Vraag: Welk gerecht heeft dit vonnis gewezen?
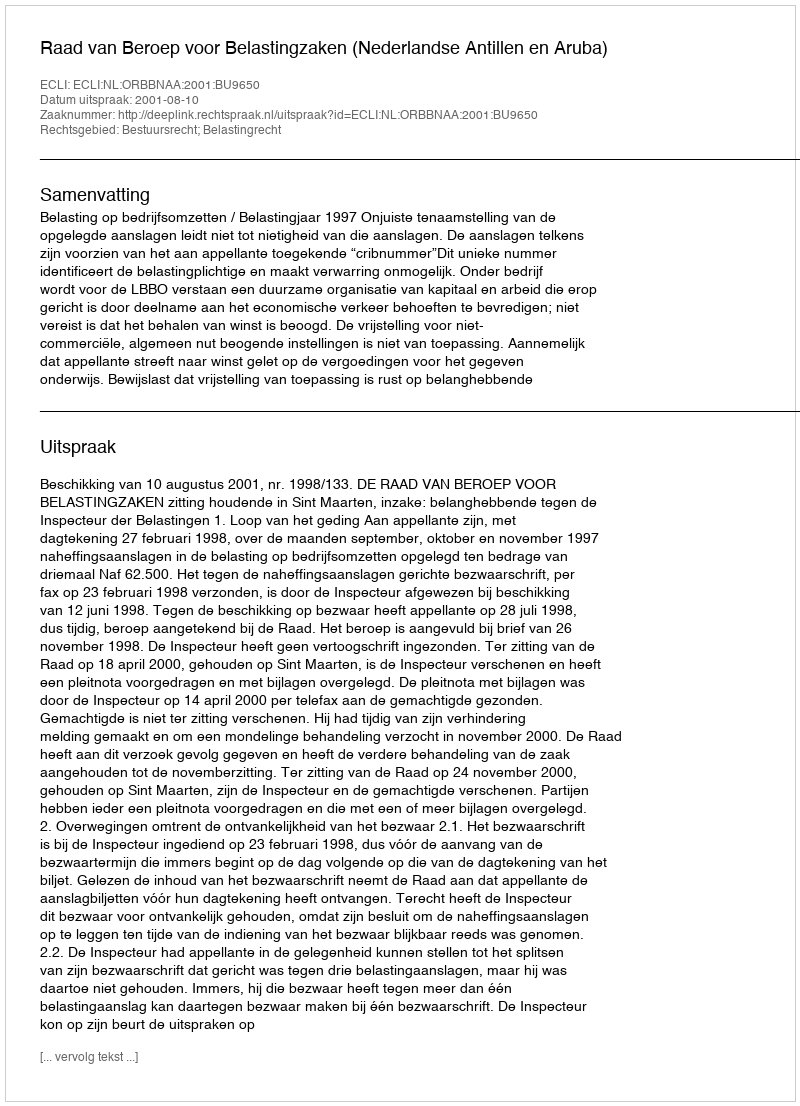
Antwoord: Raad van Beroep voor Belastingzaken (Nederlandse Antillen en Aruba)